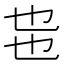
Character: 𰀸